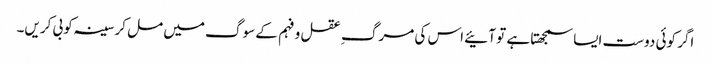
اگر کوئی دوست ایسا سمجھتا ہے تو آئیے اس کی مرگ ِ عقل و فہم کے سوگ میں مل کر سینہ کوبی کریں۔